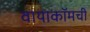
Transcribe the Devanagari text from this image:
वायाकॉमची